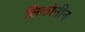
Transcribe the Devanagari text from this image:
लिकोनीन